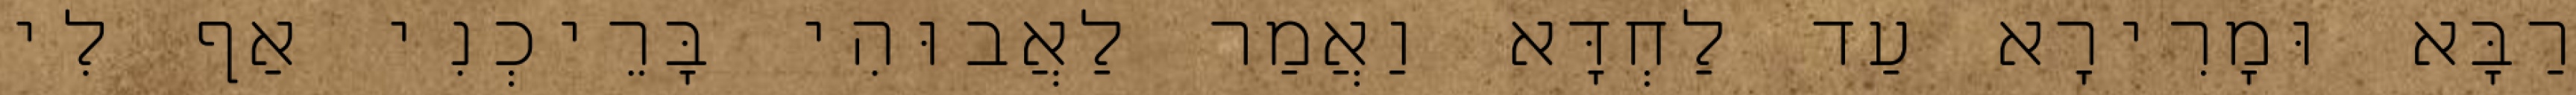
רַבָּא וּמָרִירָא עַד לַחְדָּא וַאֲמַר לַאֲבוּהִי בָּרֵיכְנִי אַף לִי